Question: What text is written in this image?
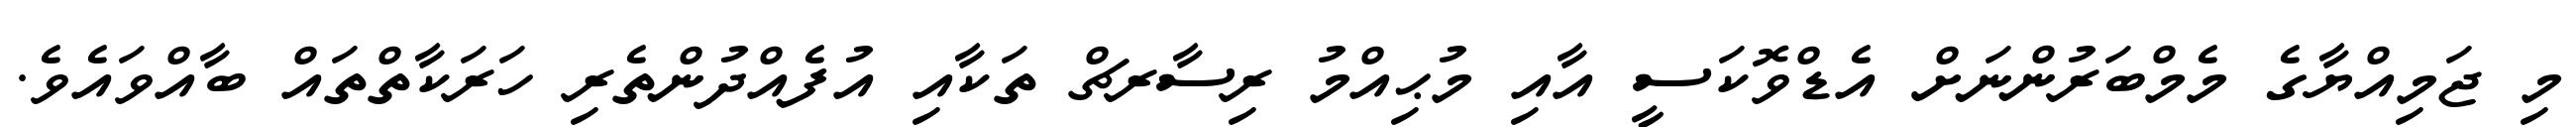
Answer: މި ޖަމިއްޔާގެ މެމްބަރުންނަށް އެޑްވޮކަސީ އާއި މުޙިއްމު ރިސާރޗް ތަކާއި އުފެއްދުންތެރި ހަރަކާތްތައް ބާއްވައެވެ.